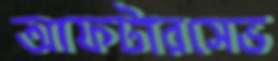
আফটারসেভ